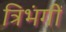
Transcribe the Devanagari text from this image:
त्रिभंगीं